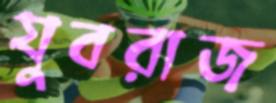
যুবরাজ